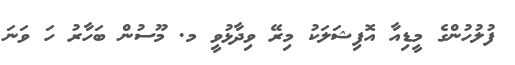
ފުލުހުންގެ މީޑިއާ އޮފިޝަލަކު މިރޭ ވިދާޅުވީ މ. މޫސުން ބަހާރު ހަ ވަނަ